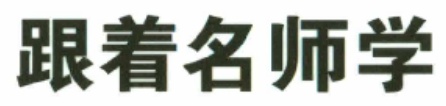
跟着名师学